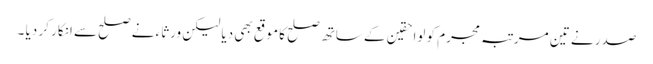
صدر نے تین مرتبہ مجرم کو لواحقین کے ساتھ صلح کا موقع بھی دیا لیکن ورثاء نے صلح سے انکار کر دیا ۔